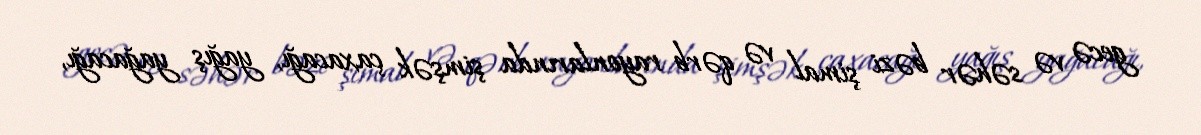
gecə və səhər bəzi şimal və qərb rayonlarında şimşək çaxacağı, yağış yağacağı,